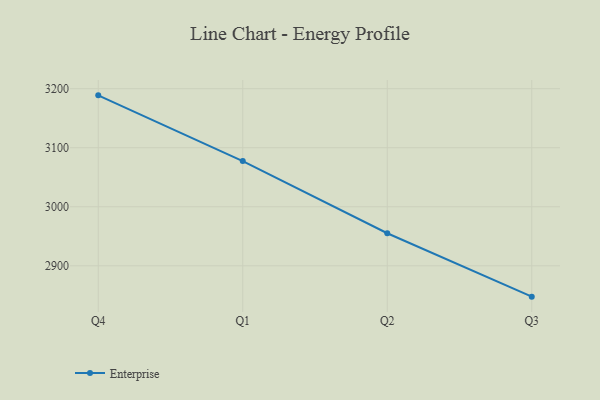
{"axis": {"x": "Quarter", "y": "Bounce Rate (%)"}, "legend": ["Enterprise"], "data": [{"x": "Q4", "y": 3188.7, "type": "Enterprise"}, {"x": "Q1", "y": 3077.4, "type": "Enterprise"}, {"x": "Q2", "y": 2955.2, "type": "Enterprise"}, {"x": "Q3", "y": 2847.8, "type": "Enterprise"}]}